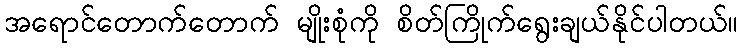
အရောင်တောက်တောက် မျိုးစုံကို စိတ်ကြိုက်ရွေးချယ်နိုင်ပါတယ်။